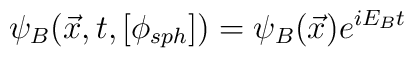
\psi_B({\vec x},t,[\phi_{sph}])=\psi_B(\vec{x})e^{i E_B t}